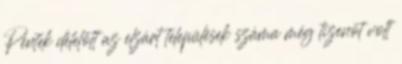
Péntek délelőtt az elzárt települések száma még tizenöt volt